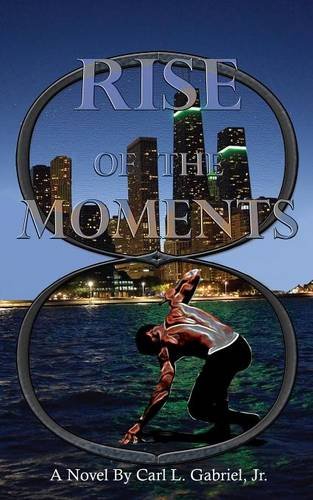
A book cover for RISE OF THE MOMENTS; Carl L. Gabriel Jr.; Science Fiction & Fantasy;